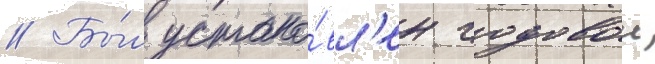
// Бы́л устано́вл'ен годовои